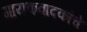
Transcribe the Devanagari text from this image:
गायकवादकांचे